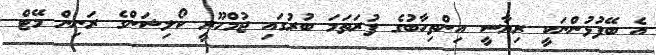
އެ ބޭފުޅުންނަކީ ރިޔާސީ އިންތިހާބުގެ ފުރަތަމަ ބުރުގައި ޖުމްހޫރީ ކޯލިޝަންގެ ރަނިން މޭޓް